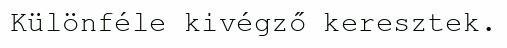
Különféle kivégző keresztek.